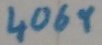
Text: 4069